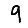
Digit: 9